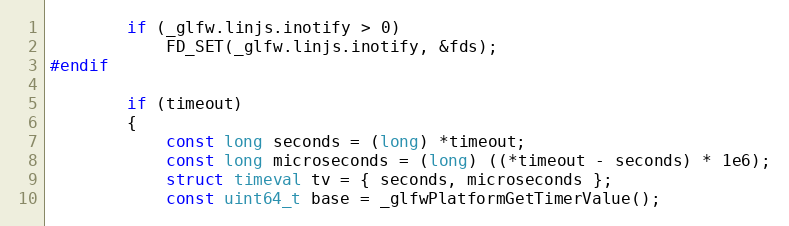
Language: C
        if (_glfw.linjs.inotify > 0)
            FD_SET(_glfw.linjs.inotify, &fds);
#endif

        if (timeout)
        {
            const long seconds = (long) *timeout;
            const long microseconds = (long) ((*timeout - seconds) * 1e6);
            struct timeval tv = { seconds, microseconds };
            const uint64_t base = _glfwPlatformGetTimerValue();